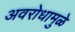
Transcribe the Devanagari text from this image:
अवरोधामुळे